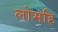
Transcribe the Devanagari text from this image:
लोभहि